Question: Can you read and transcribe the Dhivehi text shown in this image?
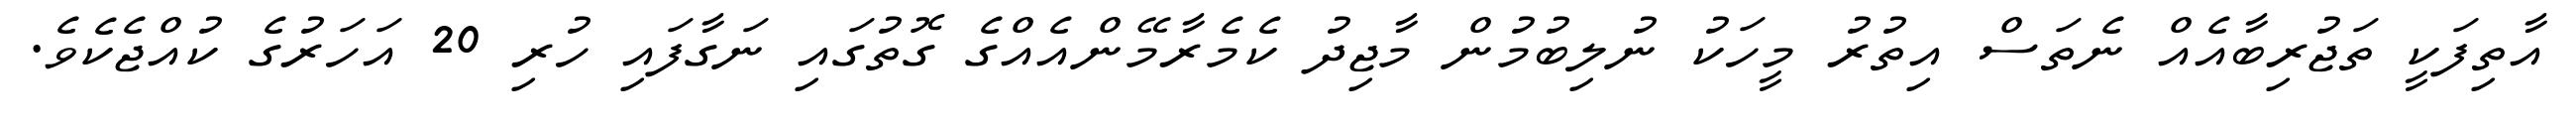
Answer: އާތިފަކީ ތަޖުރިބާއެއް ނެތަސް އިތުރު މީހަކު ނުލިބުމުން މާޖިދު ކެމެރާމޭންއެއްގެ ގޮތުގައި ނަގާފައި ހުރި 20 އަހަރުގެ ކުއްޖެކެވެ.